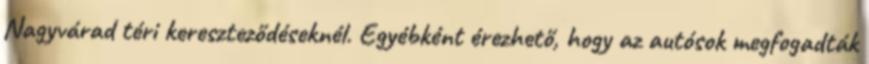
Nagyvárad téri kereszteződéseknél. Egyébként érezhető, hogy az autósok megfogadták